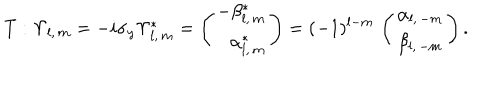
T : \Upsilon _ { l , \, m } = - i \sigma _ { y } \Upsilon _ { l , \, m } ^ { * } = \left( \begin{array} { r } { { - \beta _ { l , \, m } ^ { * } } } \\ { { \alpha _ { l , \, m } ^ { * } } } \\ \end{array} \right) = ( - 1 ) ^ { l - m } \, \left( \begin{array} { c } { { \alpha _ { l , \, - m } } } \\ { { \beta _ { l , \, - m } } } \\ \end{array} \right) .